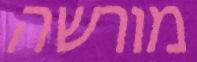
מורשה